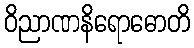
ဝိညာဏနိရောဓောတိ